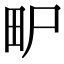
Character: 𤰨